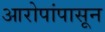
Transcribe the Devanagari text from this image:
आरोपांपासून